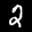
Label: 2